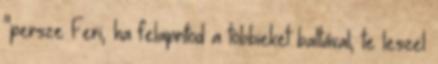
"persze Feri, ha felaprítod a többieket baltával, te leszel